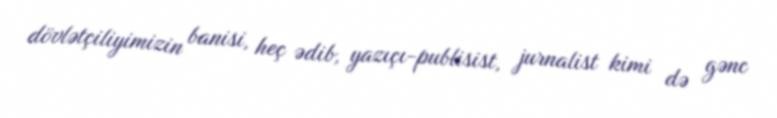
dövlətçiliyimizin banisi, heç ədib, yazıçı-publisist, jurnalist kimi də gənc